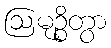
ဩမုဉ္စိတွာ